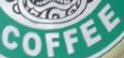
COFFEE